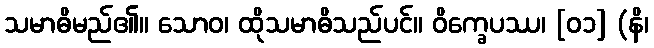
သမာဓိမည်၏။ သောဝ၊ ထိုသမာဓိသည်ပင်။ ဝိက္ခေပဿ၊ [၀၁] (နိ၊